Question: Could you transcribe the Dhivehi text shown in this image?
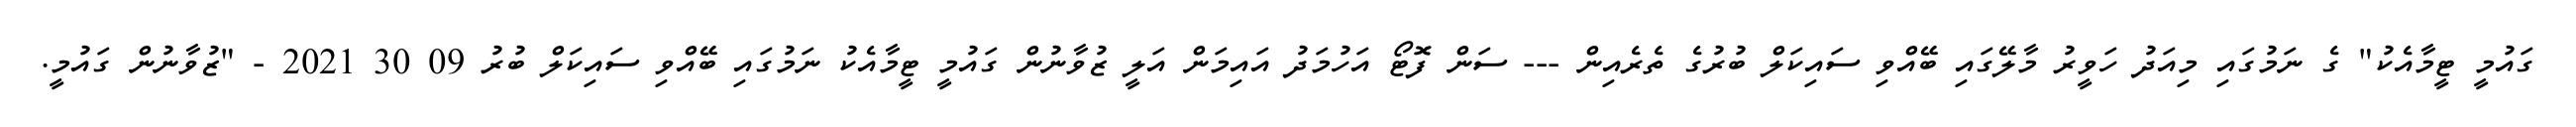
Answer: ގައުމީ ޓީމާއެކު" ގެ ނަމުގައި މިއަދު ހަވީރު މާލޭގައި ބޭއްވި ސައިކަލް ބުރުގެ ތެރެއިން --- ސަން ފޮޓޯ އަހުމަދު އައިމަން އަލީ ޒުވާނުން ގައުމީ ޓީމާއެކު ނަމުގައި ބޭއްވި ސައިކަލް ބުރު 09 30 2021 - "ޒުވާނުން ގައުމީ.